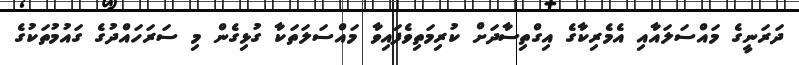
ދަރަނީގެ މައްސަލައާއި އެމެރިކާގެ އިގްތިސާދަށް ކުރިމަތިވެފައިވާ މައްސަލަތަކާ ގުޅިގެން މި ސަރަހައްދުގެ ގައުމުތަކުގެ